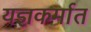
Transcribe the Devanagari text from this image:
यज्ञकर्मात